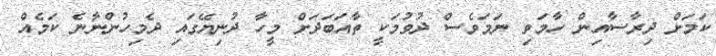
ކަމަށް ދިރާސާއިން ހާމަވި ނަމަވެސް ދުވުމަކީ ތާއަބަދަށް މީހާ ދުނިޔޭގައި ދެމިހުންނާނެ ކަމެއް